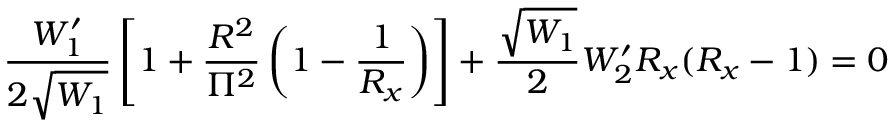
\frac { W _ { 1 } ^ { \prime } } { 2 \sqrt { W _ { 1 } } } \left[ 1 + \frac { R ^ { 2 } } { \Pi ^ { 2 } } \left( 1 - \frac { 1 } { R _ { x } } \right) \right] + \frac { \sqrt { W _ { 1 } } } { 2 } W _ { 2 } ^ { \prime } R _ { x } ( R _ { x } - 1 ) = 0